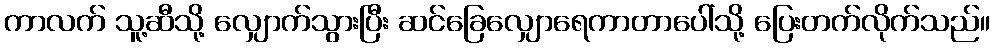
ကာလက် သူ့ဆီသို့ လျှောက်သွားပြီး ဆင်ခြေလျှောရေကာတာပေါ်သို့ ပြေးတက်လိုက်သည်။